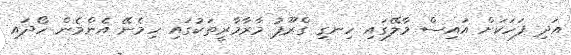
އަދި ފަހަކަށް އައިސް މާލޭގައި ހިނގި ގްރޫޕު މާރާމާރީތަކުގައި ހިމެނޭ އެންމެން ހޯދައި